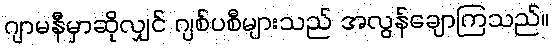
ဂျာမနီမှာဆိုလျှင် ဂျစ်ပစီများသည် အလွန်ချောကြသည်။